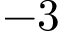
- 3